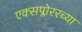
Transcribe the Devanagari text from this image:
एक्सप्लोररच्या